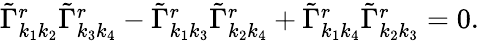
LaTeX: \begin{array}{r}{\tilde{\Gamma}_{k_{1}k_{2}}^{r}\tilde{\Gamma}_{k_{3}k_{4}}^{r}-\tilde{\Gamma}_{k_{1}k_{3}}^{r}\tilde{\Gamma}_{k_{2}k_{4}}^{r}+\tilde{\Gamma}_{k_{1}k_{4}}^{r}\tilde{\Gamma}_{k_{2}k_{3}}^{r}=0.}\end{array}